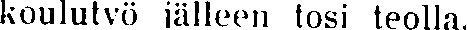
koulutyö jälleen tosi teolla.